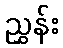
ညွှန်း